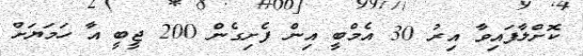
ކޮށްލާފައިވާ އިރު 30 އެމްބީ އިން ފެށިގެން 200 ޖީބީ އާ ހަމަޔަށް